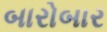
બારોબાર